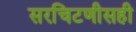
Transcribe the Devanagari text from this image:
सरचिटणीसही